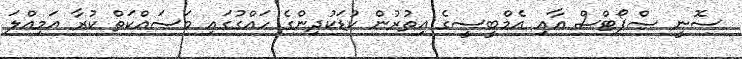
ސޮނީ ސްޕޯޓްސް އާއި އެމްބީސީގެ އިތުރުން ކުޑަކުދިންގެ ހައްގުގައި މަސައްކަތް ކުރާ އަމިއްލަ